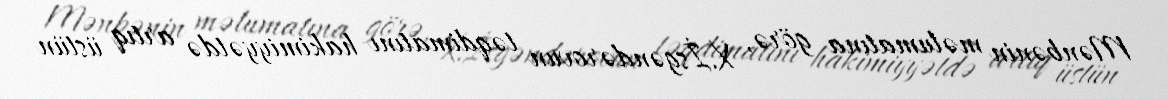
Mənbənin məlumatına görə, X.İsgəndərovun təqdimatını hakimiyyətdə artıq üstün